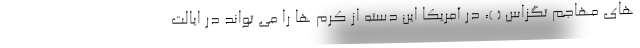
های مهاجم تگزاس ( )، در آمریکا این دسته از کرم ها را می تواند در ایالت